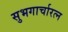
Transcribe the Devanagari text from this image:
सुभगार्चारत्न